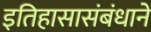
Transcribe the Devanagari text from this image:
इतिहासासंबंधानें